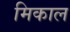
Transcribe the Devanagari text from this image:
मिकाल